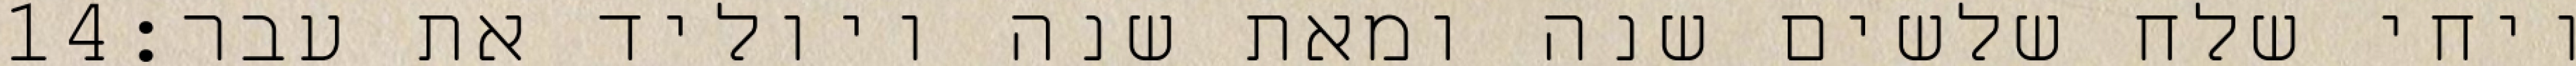
‎14‏ ויחי שלח שלשים שנה ומאת שנה ויוליד את עבר׃